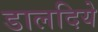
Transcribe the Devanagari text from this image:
डालदिये